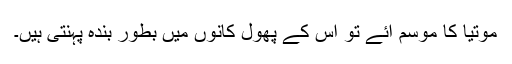
موتیا کا موسم آئے تو اس کے پھول کانوں میں بطور بندہ پہنتی ہیں۔